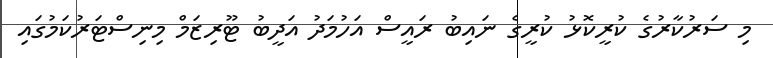
މި ސަރުކާރުގެ ކުރީކޮޅު ކުރީގެ ނައިބު ރައީސް އަހުމަދު އަދީބު ޓޫރިޒަމް މިނިސްޓަރުކަމުގައި